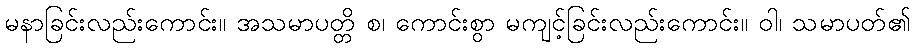
မနာခြင်းလည်းကောင်း။ အသမာပတ္တိ စ၊ ကောင်းစွာ မကျင့်ခြင်းလည်းကောင်း။ ဝါ၊ သမာပတ်၏